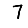
Digit: 7